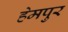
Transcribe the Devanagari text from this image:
हेमपुर